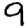
Digit: 9